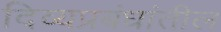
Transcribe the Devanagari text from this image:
दिव्यप्रबंधांतील